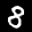
Label: 8